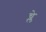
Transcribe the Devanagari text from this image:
च्ले